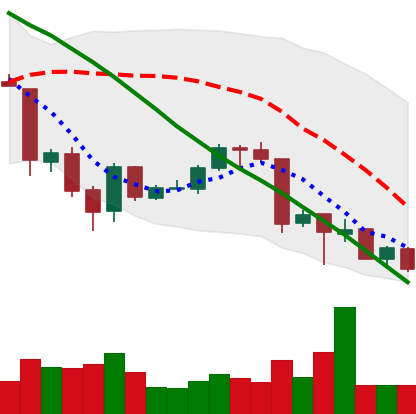
Ticker: ETH-USD
Chart end date: 2018-06-28
Forward return: 9.904%
Label: up_7plus